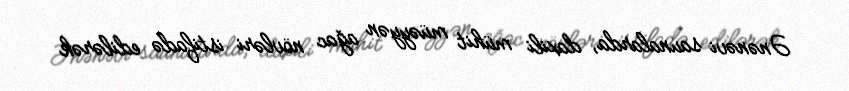
Ənənəvi saunalarda, daxili mühit müəyyən ağac növləri istifadə edilərək